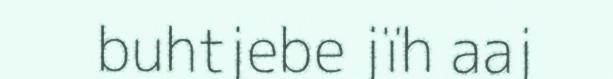
buhtjebe jïh aaj